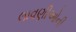
લાવણીઓની